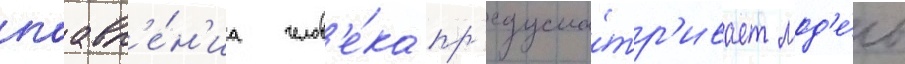
поавл'е́н'иа челов'е́ка пр'едусма́тр'ивает мод'е́ль